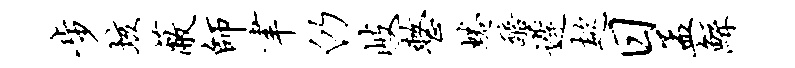
步垓蔽师聿仍岐整蜷醅迟趑日孟鲧